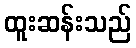
ထူးဆန်းသည်